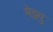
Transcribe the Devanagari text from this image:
मेइयु